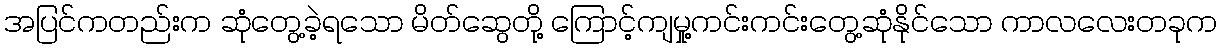
အပြင်ကတည်းက ဆုံတွေ့ခဲ့ရသော မိတ်ဆွေတို့ ကြောင့်ကျမှု့ကင်းကင်းတွေ့ဆုံနိုင်သော ကာလလေးတခုက